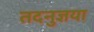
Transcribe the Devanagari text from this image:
तदनुज्ञया